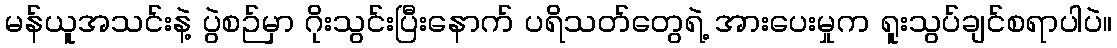
မန်ယူအသင်းနဲ့ ပွဲစဉ်မှာ ဂိုးသွင်းပြီးနောက် ပရိသတ်တွေရဲ့ အားပေးမှုက ရူးသွပ်ချင်စရာပါပဲ။